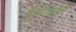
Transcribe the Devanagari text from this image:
है।फेसबुक